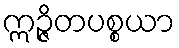
ဣဉ္ဇိတပစ္စယာ